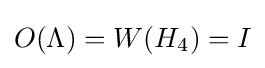
O(\Lambda )=W(H_{4})=I